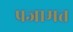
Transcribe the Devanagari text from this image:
प्रजामत